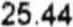
25.44